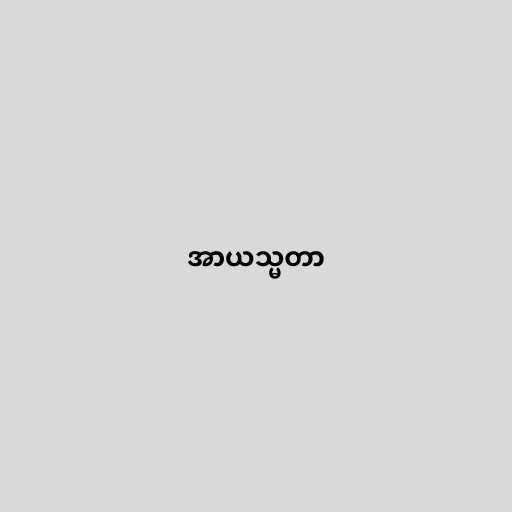
အာယသ္မတာ